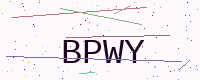
Text: BPWY